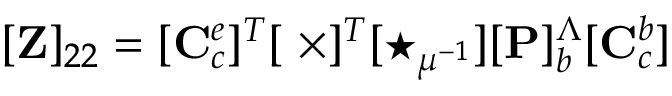
[ \mathbf { Z } ] _ { 2 2 } = [ \mathbf { C } _ { c } ^ { e } ] ^ { T } [ \mathbf { \nabla \times } ] ^ { T } [ \star _ { \mu ^ { - 1 } } ] [ \mathbf { P } ] _ { b } ^ { \Lambda } [ \mathbf { C } _ { c } ^ { b } ]